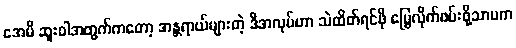
အေမီ ဆူးဝါအတွက်ကတော့ အန္တရာယ်များတဲ့ ဒီအလုပ်ဟာ သဲထိတ်ရင်ဖို မြွေလိုက်ဖမ်းဖို့သာမက